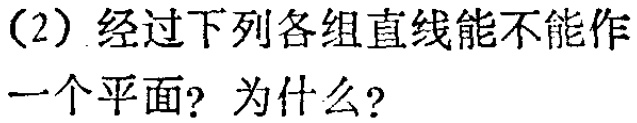
（2）经过下列各组直线能不能作一个平面？为什么？